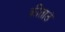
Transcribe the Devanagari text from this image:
कीताउं